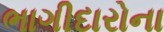
ભાગીદારોના